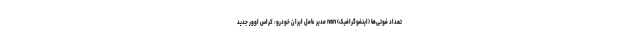
تعداد فوتی‌ها (اینفوگرافیک) nan مدیر عامل ایران خودرو: کراس اوور جدید